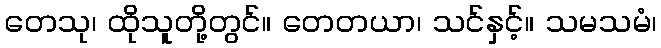
တေသု၊ ထိုသူတို့တွင်။ တေတယာ၊ သင်နှင့်။ သမသမံ၊